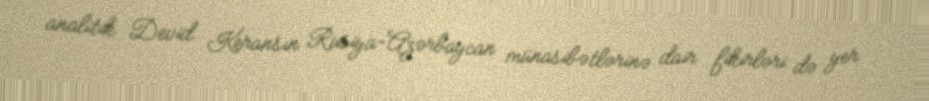
analitik Devid Keransın Rusiya-Azərbaycan münasibətlərinə dair fikirləri də yer